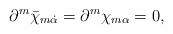
LaTeX: \begin{align*}\partial^m \bar\chi_{m \dot\alpha} = \partial^m \chi_{m \alpha} = 0,\end{align*}